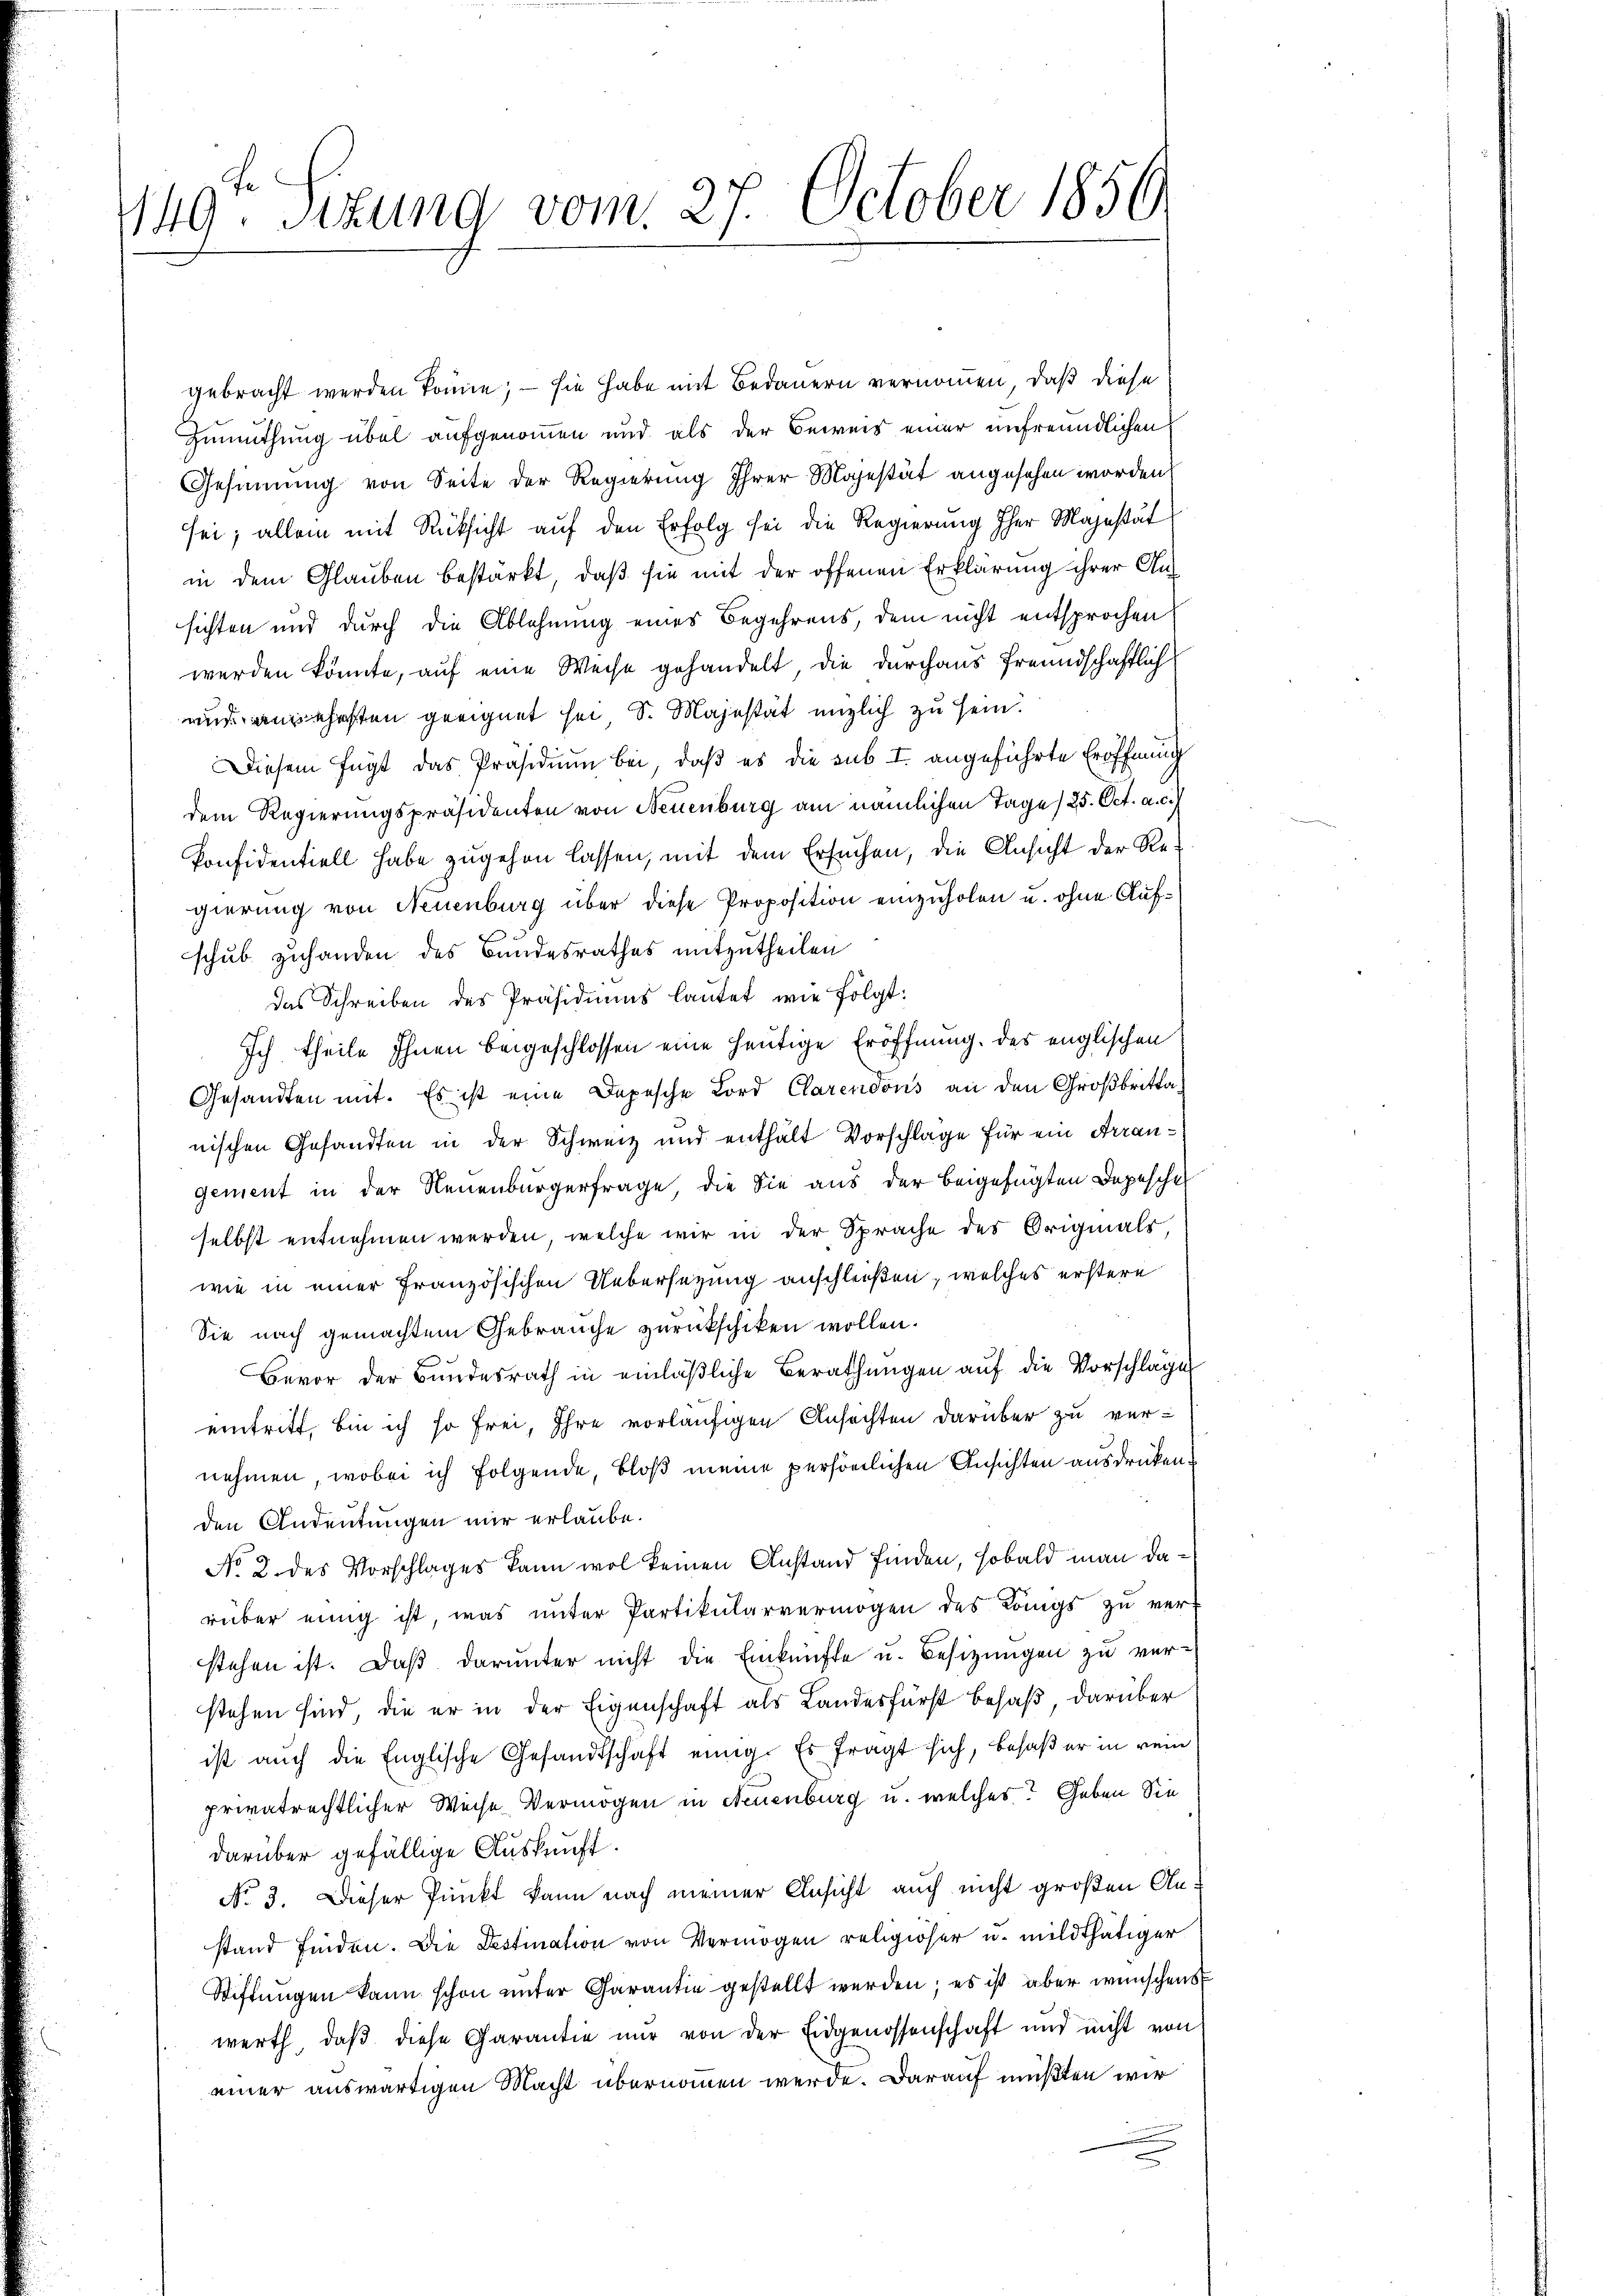
149. Situng vom 27. October 1856

gebracht werden könne; — sie habe mit Bedauern vernommen, daß diese
Zumuthung übel aufgenommen und als der Beweis einer unfreundlichen
Gesinnung von Seite der Regierung Ihrer Majestät angesehen worden.
sei; allein mit Rücksicht auf den Erfolg sei die Regierung Iher Majestät
in dem Glauben bestärkt, daß sie mit der offenen Erklärung ihrer Ansichten und durch die Ablehnung eines Begehrens, dem nicht entsprochen
werden könnte, auf eine Weise gehandelt, die durchaus freundschaftlich
uus angehalten geeignet sei, S. Majestät englich zu sein.
Diesem fügt das Präsidium bei, daß es die sub I. angeführte Eröffnung
dem Regierungspräsidenten von Neuenburg am nämlichen Tage) 25. Oct. a. c.
konfidentiell habe zugehen lassen, mit dem Ersuchen, die Ansicht der Regierung von Neuenburg über diese Proposition einzuholen u. ohne Aufschub zuhanden des Bundesrathes mitzutheilen
das Schreiben des Präsidiums lautet wie folgt:
Ich theile Ihnen beigeschlossen eine heutige Eröffnung des englischen
Gesandten mit. Es ist eine Depesche Lord Clarenoons an den Großbritta
nischen Gesandten in der Schweiz und enthält Vorschlage für ein Arrangement in der Neuenburgerfrage, die Sie aus der beigefügten Depesche
selbst entnehmen werden, welche wir in der Sprache des Originals
wie in einer französischen Uebersezung anschleißen, welches erstere
Sie nach gemachtem Gebrauche zurückschiken wollen.
Bevor der Bundesrath in einläβliche Berathungen aŭf die Vorschlage
eintritt, bin ich so frei, Ihre vorläufigen Ansuchten darüber zu ver-
nehmen, wobei ich folgende, bloß meine persönlichen Ansichten ausdrücken.
den Andeutungen mir erlaube.
No 2. des Vorschlages kann wol keinen Anstand finden, sobald man darüber einig ist, was unter Partikularvermögen des Königs zu verf
stehen ist. Daβ darunter nicht die Einkünfte u. Besitzungen zu ver-
stehen sind, die er in der Eigenschaft als Landesfürst besaß, darüber
ist auch die Englische Gesandtschaft einig. Es fragt sich, besaß er in rein
privatrechtlicher Weise Vermögen in Neuenburg u. welches? Geben Sie
darüber gefällige Auskunft.
No. 3. Dieser Punkt kann nach meiner Ansicht auch nicht großen Anstand finden. Die Destination von Vermögen religiöser u. mildthätiger
Stiftungen kann schon unter Garantie gestellt werden; es ist aber wünschens
werth, daß diese Garantie nur von der Eidgenossenschaft und nicht von
einer auswärtigen Macht übernommen werde. Darauf mußten wir